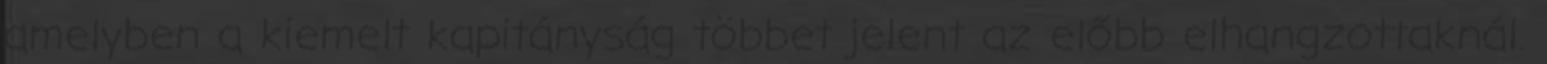
amelyben a kiemelt kapitányság többet jelent az előbb elhangzottaknál.